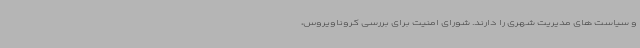
و سیاست های مدیریت شهری را دارند. شورای امنیت برای بررسی کروناویروس،